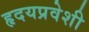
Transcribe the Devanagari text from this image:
हृदयप्रवेशी